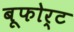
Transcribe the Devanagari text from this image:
बूफोर्ट